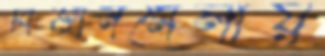
বিজ্ঞানমেলায়